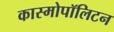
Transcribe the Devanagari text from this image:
कास्मोपॉलिटन